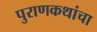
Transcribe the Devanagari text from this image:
पुराणकथांचा